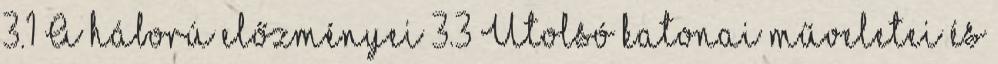
3.1 A háború előzményei 3.3 Utolsó katonai műveletei és